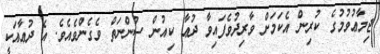
ޖިމާޢުވުމުގެ ކުރިން އެކަމަށް ވާރިދުވެފައިވާ ދުޢާ ކިއުން ސުންނަތް ވެގެންވެއެވެ. އެ ދުޢާއަކީ